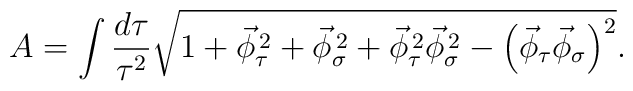
A=\int \frac{d\tau }{\tau ^{2}}\sqrt{{1+\vec{\phi }_{\tau }^{\, 2}+\vec{\phi }_{\sigma }^{\, 2}+\vec{\phi }_{\tau }^{\, 2}\vec{\phi }_{\sigma }^{\, 2}-\left( \vec{\phi }_{\tau }\vec{\phi }_{\sigma }\right) ^{2}}}.